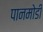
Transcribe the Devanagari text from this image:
पानमोडी